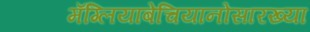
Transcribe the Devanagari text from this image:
मॅग्लियाबेचियानोसारख्या